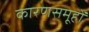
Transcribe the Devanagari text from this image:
कारणसमूहों